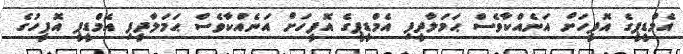
އެމްޑީޕީގެ އޮފީހަށް އަނެއްކާވެސް ޙަމަލާދީފި އެމްޑީޕީގެ އޮފީހަށް އަނެއްކާވެސް ޙަމަލާދީފި އެމްޑީޕީ އޮފީހުގެ